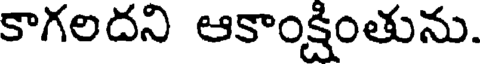
కాగలదని ఆకాంక్షింతును.